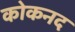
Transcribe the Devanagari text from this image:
कोकनद